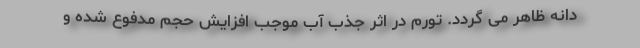
دانه ظاهر می گردد. تورم در اثر جذب آب موجب افزايش حجم مدفوع شده و